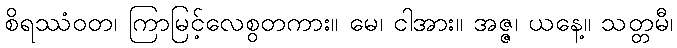
စိရဿံဝတ၊ ကြာမြင့်လေစွတကား။ မေ၊ ငါအား။ အဇ္ဇ၊ ယနေ့။ သတ္တမီ၊